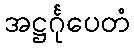
အဋ္ဌင်္ဂုပေတံ